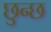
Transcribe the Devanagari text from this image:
छुन्छ